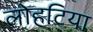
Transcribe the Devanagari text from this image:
लोहटिया